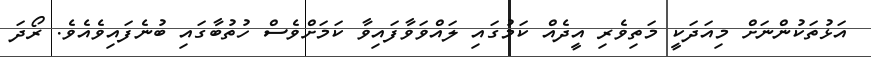
އަޅުތަކުންނަށް މިއަދަކީ މަތިވެރި އީދެއް ކަމުގައި ލައްވަވާފައިވާ ކަމަށްވެސް ހުތުބާގައި ބުނެފައިވެއެވެ. ރޯދަ